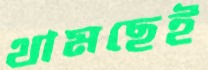
থামছেই